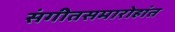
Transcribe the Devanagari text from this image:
संगीतसमारोहांत